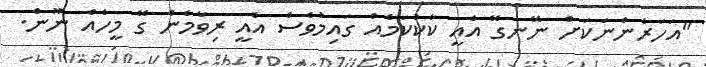
"އަހަރެންނަކަށް ނޭނގޭ އެއީ ކާކުކަމެއް ގައިމުވެސް އެއީ ރިވާމެން ގޭ މީހެއް ނޫން.